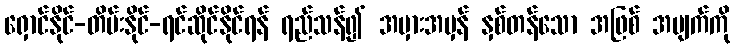
ရှောင်နိုင်-တိမ်းနိုင်-ရင်ဆိုင်နိုင်ရန် ရည်သန်၍ အမှားအမှန် နှစ်တန်သော အဖြစ် အပျက်ကို